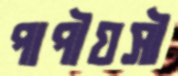
পাপীয়সী